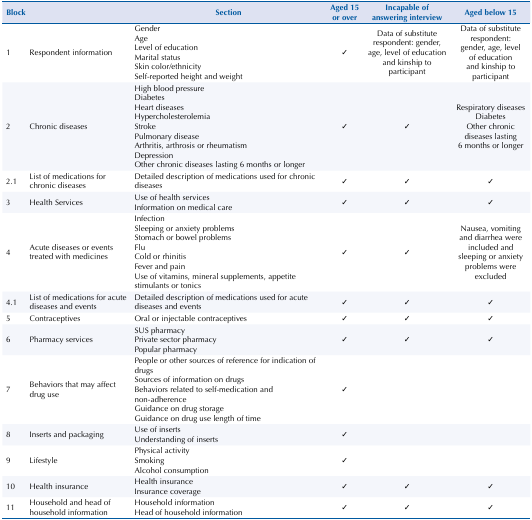
<table><thead><tr><td colspan="2"><b>Block</b></td><td><b>Section</b></td><td><b>Aged 15 or over</b></td><td><b>Incapable of answering interview</b></td><td><b>Aged below 15</b></td></tr></thead><tbody><tr><td>1</td><td>Respondent information</td><td>Gender Age Level of education Marital status Skin color/ethnicity Self-reported height and weight</td><td>✓</td><td>Data of substitute respondent: gender, age, level of education and kinship to participant</td><td>Data of substitute respondent: gender, age, level of education and kinship to participant</td></tr><tr><td>2</td><td>Chronic diseases</td><td>High blood pressure Diabetes Heart diseases Hypercholesterolemia Stroke Pulmonary disease Arthritis, arthrosis or rheumatism Depression Other chronic diseases lasting 6 months or longer</td><td>✓</td><td>✓</td><td>Respiratory diseases Diabetes Other chronic diseases lasting 6 months or longer</td></tr><tr><td>2.1</td><td>List of medications for chronic diseases</td><td>Detailed description of medications used for chronic diseases</td><td>✓</td><td>✓</td><td>✓</td></tr><tr><td>3</td><td>Health Services</td><td>Use of health services Information on medical care</td><td>✓</td><td>✓</td><td>✓</td></tr><tr><td>4</td><td>Acute diseases or events treated with medicines</td><td>Infection Sleeping or anxiety problems Stomach or bowel problems Flu Cold or rhinitis Fever and pain Use of vitamins, mineral supplements, appetite stimulants or tonics</td><td>✓</td><td>✓</td><td>Nausea, vomiting and diarrhea were included and sleeping or anxiety problems were excluded</td></tr><tr><td>4.1</td><td>List of medications for acute diseases and events</td><td>Detailed description of medications used for acute diseases and events</td><td>✓</td><td>✓</td><td>✓</td></tr><tr><td>5</td><td>Contraceptives</td><td>Oral or injectable contraceptives</td><td>✓</td><td>✓</td><td>✓</td></tr><tr><td>6</td><td>Pharmacy services</td><td>SUS pharmacy Private sector pharmacy Popular pharmacy</td><td>✓</td><td>✓</td><td>✓</td></tr><tr><td>7</td><td>Behaviors that may affect drug use</td><td>People or other sources of reference for indication of drugs Sources of information on drugs Behaviors related to self-medication and non-adherence Guidance on drug storage Guidance on drug use length of time</td><td>✓</td><td> </td><td> </td></tr><tr><td>8</td><td>Inserts and packaging</td><td>Use of inserts Understanding of inserts</td><td>✓</td><td> </td><td> </td></tr><tr><td>9</td><td>Lifestyle</td><td>Physical activity Smoking Alcohol consumption</td><td>✓</td><td> </td><td> </td></tr><tr><td>10</td><td>Health insurance</td><td>Health insurance Insurance coverage</td><td>✓</td><td>✓</td><td>✓</td></tr><tr><td>11</td><td>Household and head of household information</td><td>Household information Head of household information</td><td>✓</td><td>✓</td><td>✓</td></tr></tbody></table>